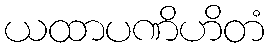
ယထာပဏိဟိတံ